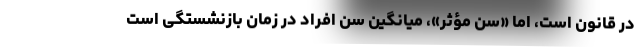
در قانون است، اما «سن مؤثر»، میانگین سن افراد در زمان بازنشستگی است